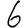
Digit: 6